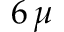
6 \, \mu